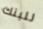
للبنك